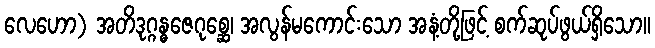
လေဟော) အတိဒုဂ္ဂန္ဓဇေဂုစ္ဆေ၊ အလွန်မကောင်းသော အနံ့တို့ဖြင့် စက်ဆုပ်ဖွယ်ရှိသော။